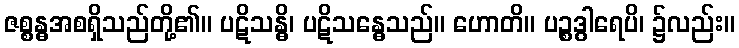
ဇစ္စန္ဓအစရှိသည်တို့၏။ ပဋိသန္ဓိ၊ ပဋိသန္ဓေသည်။ ဟောတိ။ ပဉ္စဒွါရေပိ၊ ၌လည်း။